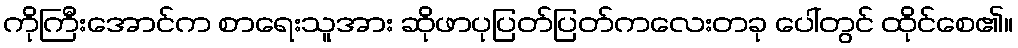
ကိုကြီးအောင်က စာရေးသူအား ဆိုဖာပုပြတ်ပြတ်ကလေးတခု ပေါ်တွင် ထိုင်စေ၏။